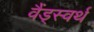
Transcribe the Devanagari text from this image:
वैंड्स्वर्थ